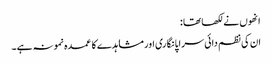
انھوں نے لکھا تھا :
ان کی نظم دائی سراپا نگاری اور مشاہدے کا عمدہ نمونہ ہے۔